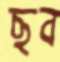
ছব